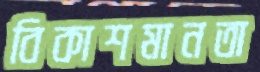
বিকাশমানতা